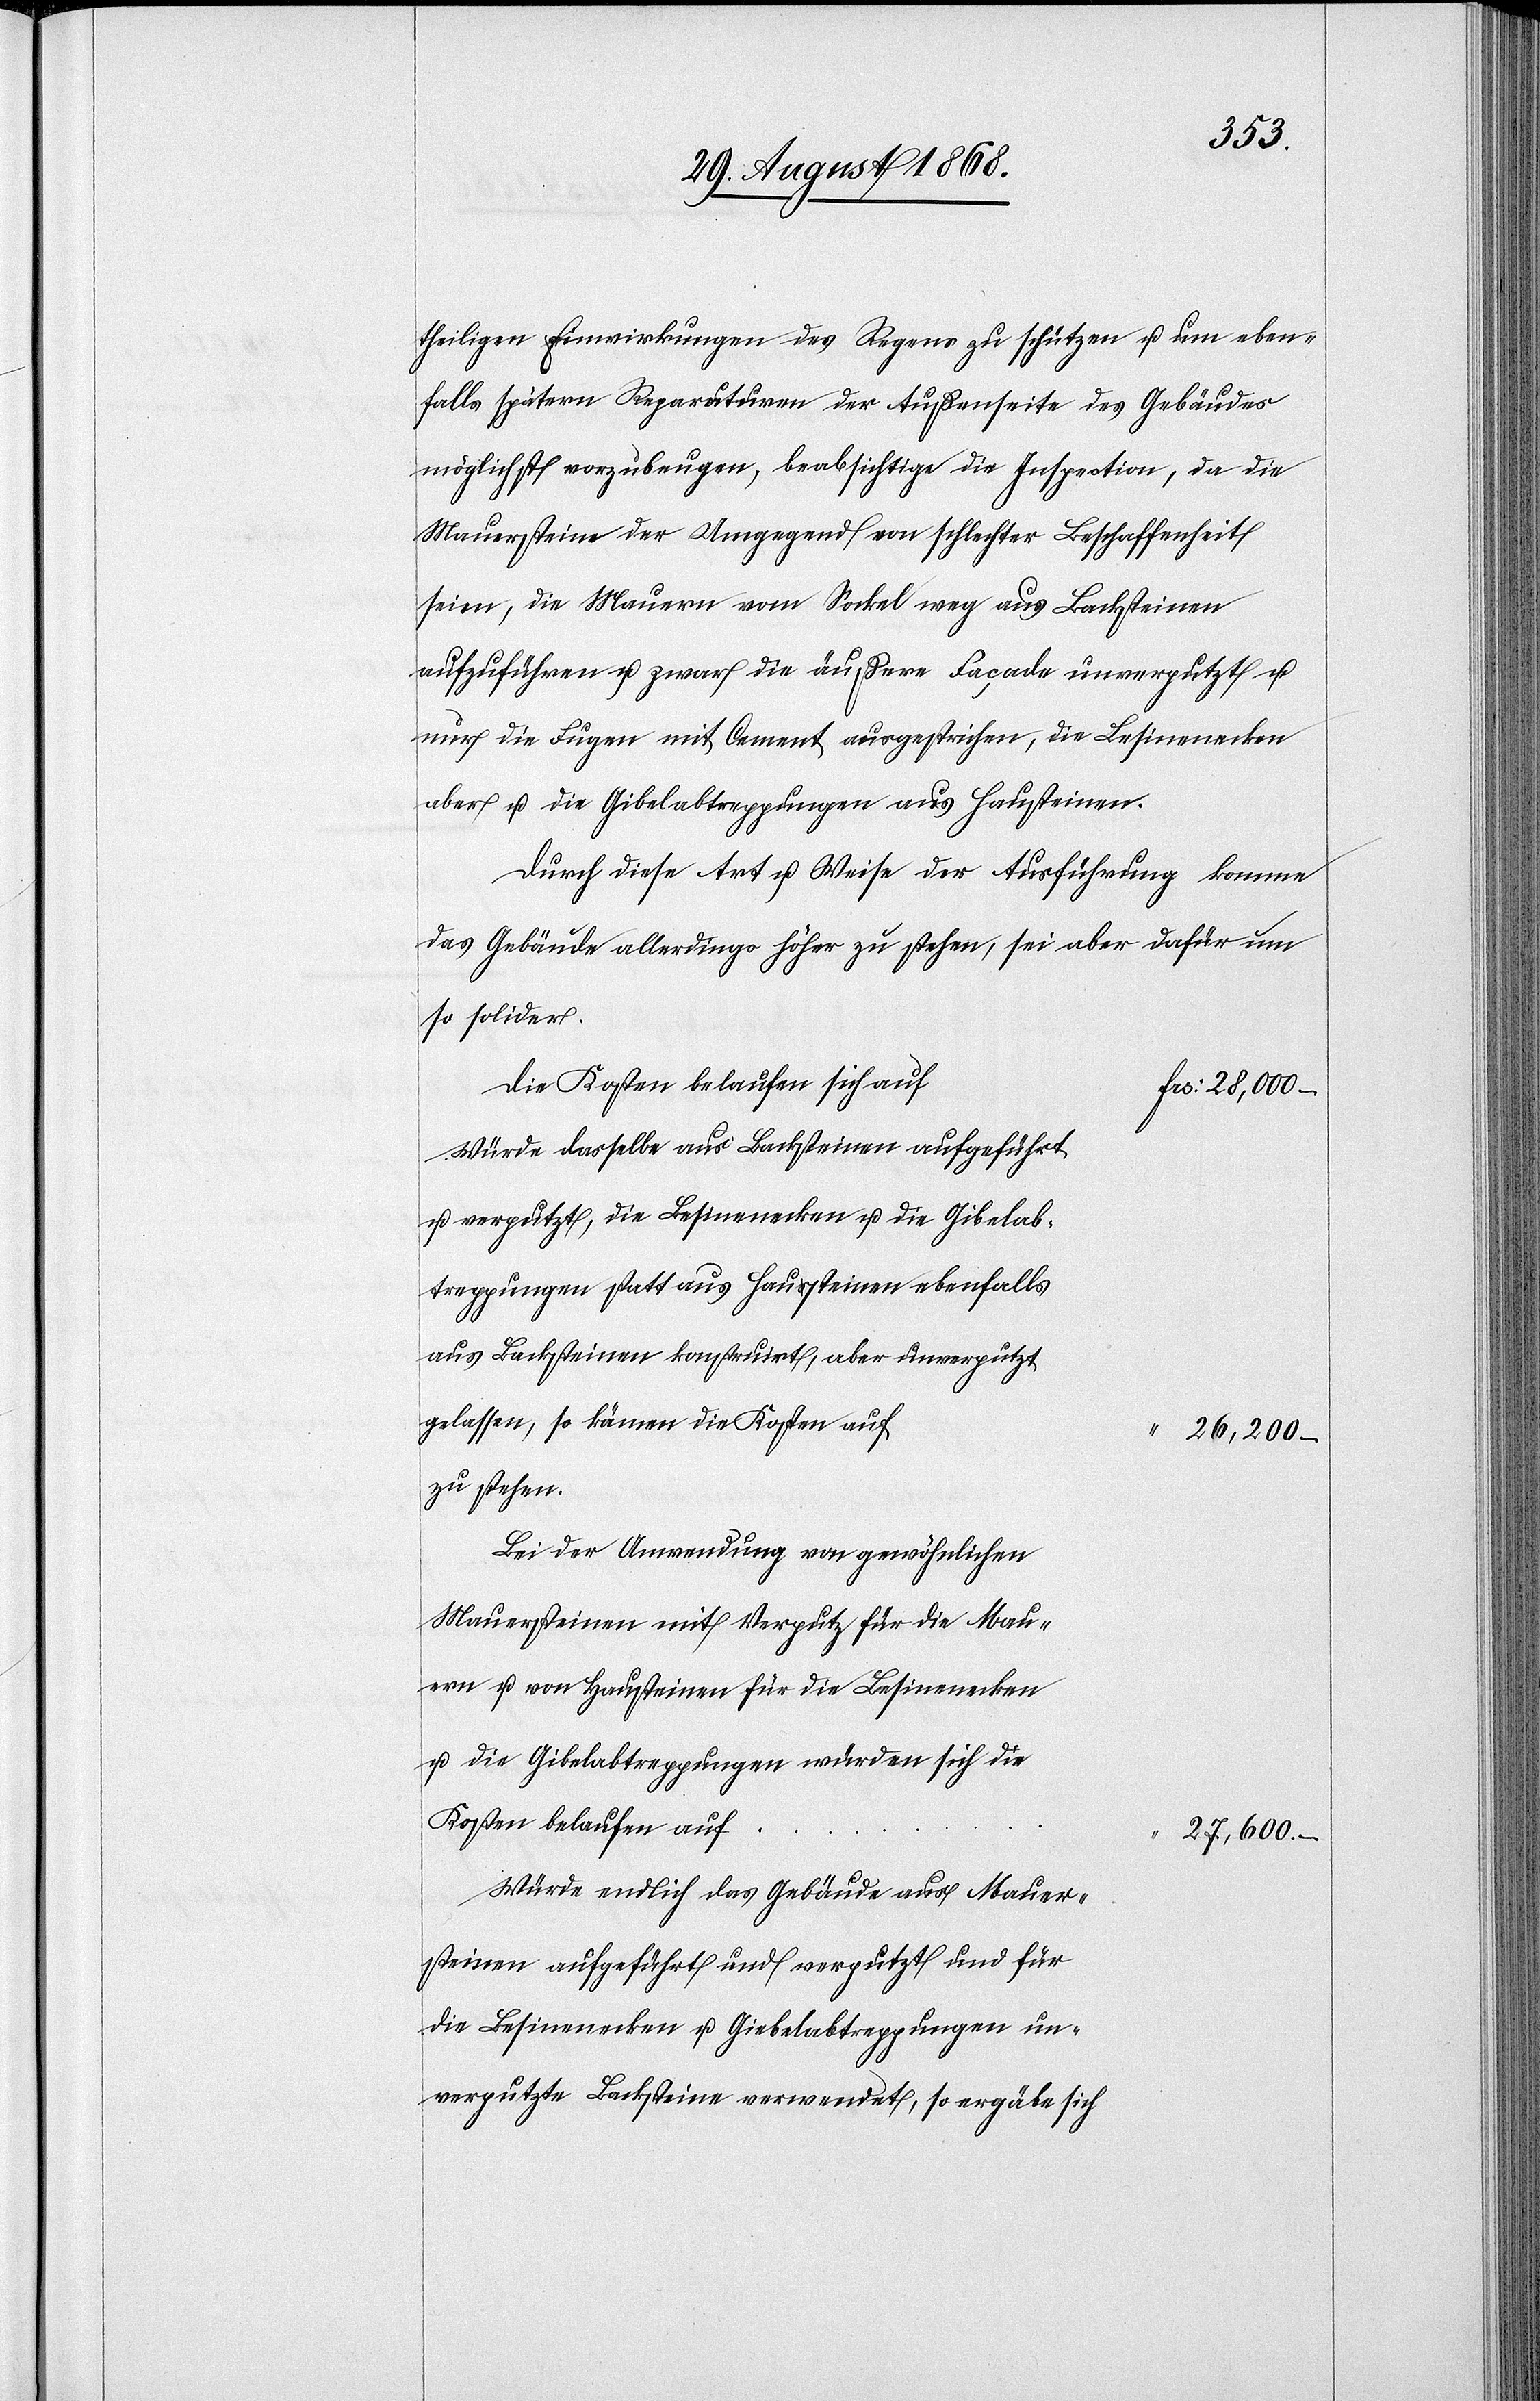
theiligen Einwirkungen des Regens zu schützen u. um eben¬
falls spätern Reparaturen der Außenseite des Gebäudes
möglichst vorzubeugen, beabsichtige die Inspection, da die
Mauersteine der Umgegend von schlechter Beschaffenheit
seien, die Mauern vom Sockel weg aus Backsteinen
aufzuführen u. zwar die äußere Façade unverputzt u.
nur die Fugen mit Cement ausgestrichen, die Lesinenecken
aber u. die Gibelabtreppungen aus Hausteinen.
Durch diese Art u. Weise der Ausführung komme
das Gebäude allerdings höher zu stehen, sei aber dafür um
so solider.
Die Kosten belaufen sich auf
Frs: 28,000 –
Würde dasselbe aus Backsteinen aufgeführt
u. verputzt, die Lesinenecken u. die Gibelab¬
treppungen statt aus Hausteinen ebenfalls
aus Backsteinen konstruirt, aber unverputzt
gelassen, so kämen die Kosten auf
“ 26,200 –
zu stehen.
Bei der Anwendung von gewöhnlichen
Mauersteinen mit Verputz für die Mau¬
ern u. von Hausteinen für die Lesinenecken
u. die Gibelabtreppungen würden sich die
Kosten belaufen auf
27,600. –
Würde endlich das Gebäude aus Mauer¬
steinen aufgeführt und verputzt und für
die Lesinenecken u. Giebelabtreppungen un¬
verputzte Backsteine verwendet, so ergäbe sich